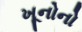
ખૂનોનો